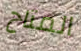
المتاح